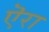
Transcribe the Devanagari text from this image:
ऎरा